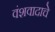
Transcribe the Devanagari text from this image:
वंशवादाचे